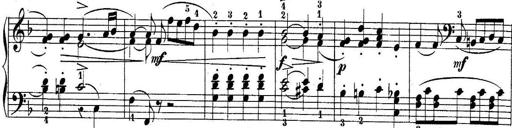
Title: 10 Sonatines progressives
Composer: Anton Schmoll